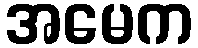
အမေက